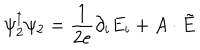
\psi _ { 2 } ^ { \dagger } \psi _ { 2 } = \frac { 1 } { 2 e } \partial _ { i } E _ { i } + A \cdot \tilde { E }